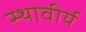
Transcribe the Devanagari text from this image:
स्थावीर्य